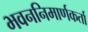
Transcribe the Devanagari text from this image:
भवननिमार्णकर्ता